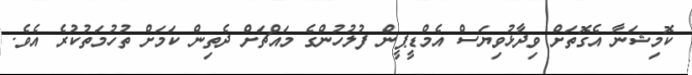
ކޮމިޝަނާ އެގޮތަށް ވިދާޅުވިޔަސް އެމްޑީޕީން ފުލުހުންގެ މައްޗަށް ދެތިން ކަމަށް ތުހުމަތުކުރެ އެވެ.